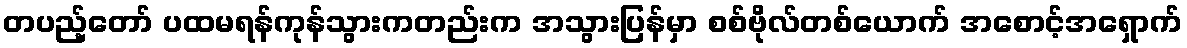
တပည့်တော် ပထမရန်ကုန်သွားကတည်းက အသွားပြန်မှာ စစ်ဗိုလ်တစ်ယောက် အစောင့်အရှောက်